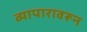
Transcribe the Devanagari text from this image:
व्यापारावरून